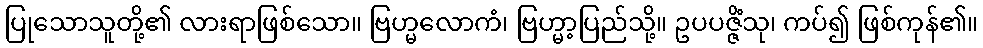
ပြုသောသူတို့၏ လားရာဖြစ်သော။ ဗြဟ္မလောကံ၊ ဗြဟ္မာ့ပြည်သို့။ ဥပပဇ္ဇိံသု၊ ကပ်၍ ဖြစ်ကုန်၏။